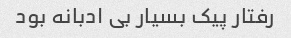
رفتار پیک بسیار بی ادبانه بود